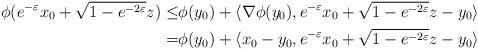
LaTeX: \begin{align*}\phi(e^{-\varepsilon} x_0 + \sqrt{1-e^{-2\varepsilon}} z)\le &\phi(y_0) + \langle \nabla \phi(y_0), e^{-\varepsilon} x_0 + \sqrt{1-e^{-2\varepsilon}} z -y_0 \rangle\\=&\phi(y_0) + \langle x_0-y_0, e^{-\varepsilon} x_0 + \sqrt{1-e^{-2\varepsilon}} z -y_0 \rangle\end{align*}